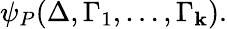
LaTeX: \psi_{P}(\Delta,\Gamma_{1},\dots,\Gamma_{\mathbf{k}}).